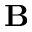
\mathbf { B }